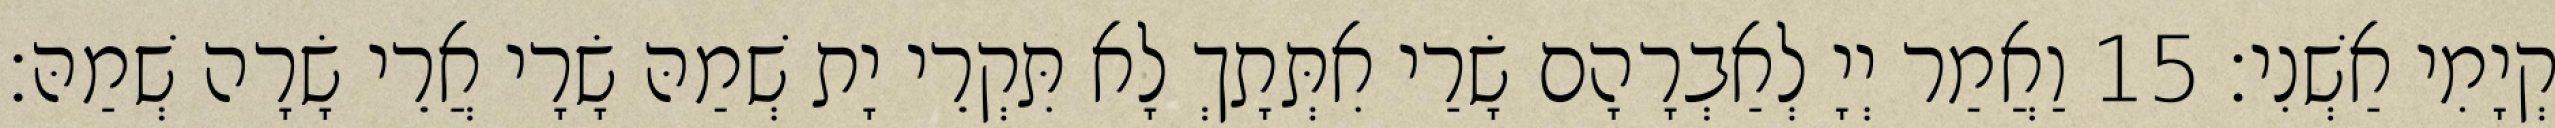
קְיָמִי אַשְׁנִי׃ 15 וַאֲמַר יְיָ לְאַבְרָהָם שָׂרַי אִתְּתָךְ לָא תִּקְרֵי יָת שְׁמַהּ שָׂרָי אֲרֵי שָׂרָה שְׁמַהּ׃